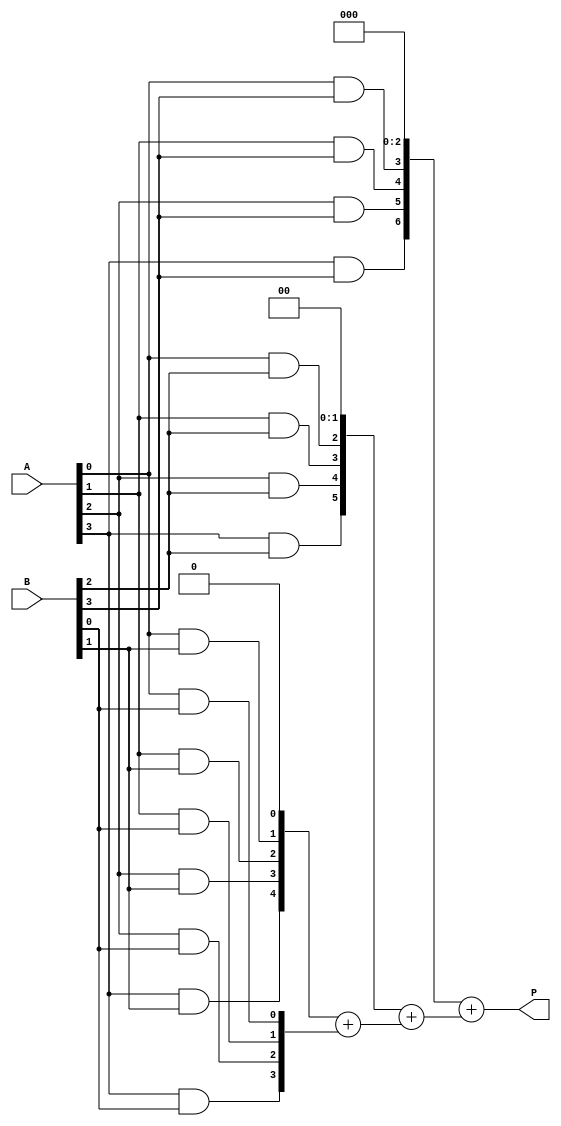
module array_multiplier #(parameter N = 4) (
  input  [N-1:0] A,
  input  [N-1:0] B,
  output [2*N-1:0] P
);
  
  // Partial products
  wire [N-1:0] pp [0:N-1]; // Array to hold partial products

  // Generate partial products using AND gates
  genvar i, j;
  generate
    for (i = 0; i < N; i = i + 1) begin : partial_product
      for (j = 0; j < N; j = j + 1) begin : and_gates
        assign pp[i][j] = A[j] & B[i]; // AND gate for each bit
      end
    end
  endgenerate

  // Sum the partial products
  wire [2*N-1:0] temp_sum [0:N-1]; // Intermediate sums
  assign temp_sum[0] = {N'b0, pp[0]}; // First partial product aligned

  // Accumulate the partial products
  generate
    for (i = 1; i < N; i = i + 1) begin : sum
      // Align the partial products
      assign temp_sum[i] = {N'b0, pp[i]} << i; // Shift left according to row index
      assign temp_sum[i] = temp_sum[i] + temp_sum[i-1]; // Sum with previous
    end
  endgenerate

  // Final product output
  assign P = temp_sum[N-1]; // Final accumulated sum

endmodule